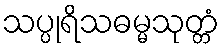
သပ္ပုရိသဓမ္မသုတ္တံ